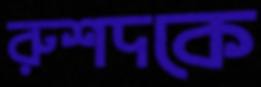
রুশদকে